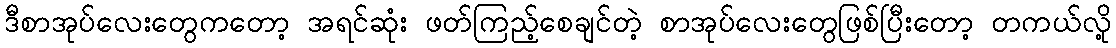
ဒီစာအုပ်လေးတွေကတော့ အရင်ဆုံး ဖတ်ကြည့်စေချင်တဲ့ စာအုပ်လေးတွေဖြစ်ပြီးတော့ တကယ်လို့